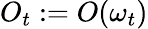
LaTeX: O_{t}:=O(\omega_{t})